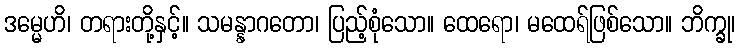
ဒမ္မေဟိ၊ တရားတို့နှင့်။ သမန္နာဂတော၊ ပြည့်စုံသော။ ထေရော၊ မထေရ်ဖြစ်သော။ ဘိက္ခု၊